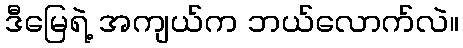
ဒီမြေရဲ့ အကျယ်က ဘယ်လောက်လဲ။